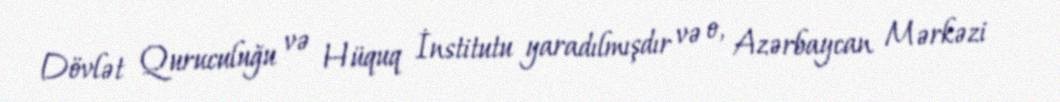
Dövlət Quruculuğu və Hüquq İnstitutu yaradılmışdır və o, Azərbaycan Mərkəzi